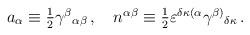
LaTeX: \begin{align*}a_\alpha\equiv\textstyle{1\over2}\gamma^\beta{}_{\alpha\beta} \,,\hspace{4mm} n^{\alpha\beta}\equiv\textstyle{1\over2}\varepsilon^{\delta\kappa(\alpha}\gamma^{\beta)}{}_{\delta\kappa}\,.\end{align*}